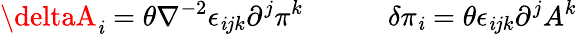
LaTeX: \deltaA_{\mathit{i}}=\theta\nabla^{-2}\epsilon_{\mathit{i}jk}\partial^{j}\pi^{k}\quad\qquad\delta\pi_{\mathit{i}}=\theta\epsilon_{\mathit{i}jk}\partial^{j}A^{k}